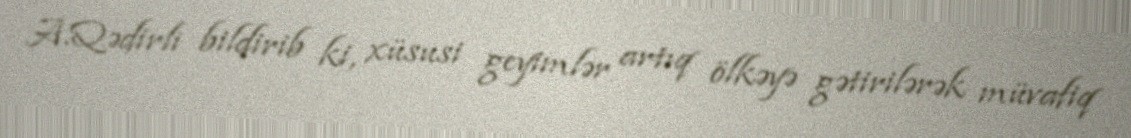
A.Qədirli bildirib ki, xüsusi geyimlər artıq ölkəyə gətirilərək müvafiq